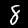
Label: 8